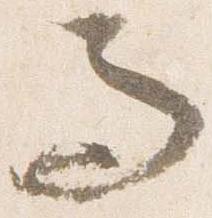
而